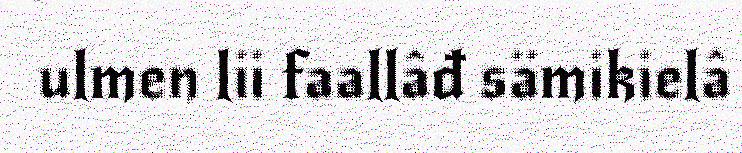
ulmen lii faallâđ sämikielâ